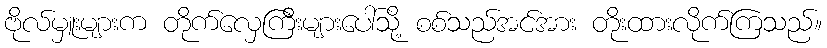
ဗိုလ်မှူးများက တိုက်လှေကြီးများပေါ်သို့ စစ်သည်အင်အား တိုးထားလိုက်ကြသည်။